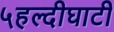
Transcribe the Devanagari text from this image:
५हल्दीघाटी